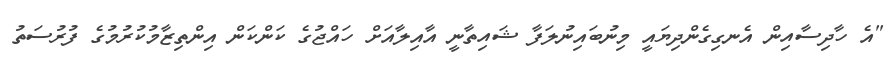
"އެ ހާދިސާއިން އެނގިގެންދިޔައީ މިނުބައިނުލަފާ ޝައިތާނީ އާއިލާއަށް ހައްޖުގެ ކަންކަން އިންތިޒާމުކުރުމުގެ ފުރުސަތު